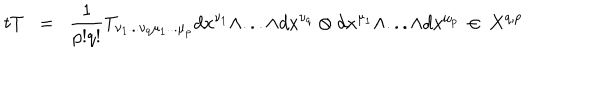
t T \; \; = \; \; \frac { 1 } { p ! q ! } T _ { \nu _ { 1 } . . . \nu _ { q } \mu _ { 1 } . . . \mu _ { p } } d x ^ { \nu _ { 1 } } \wedge . . . \wedge d x ^ { \nu _ { q } } \otimes d x ^ { \mu _ { 1 } } \wedge . . . \wedge d x ^ { \mu _ { p } } \, \in \, X ^ { q , p }